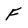
Character: F